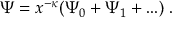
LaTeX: \Psi = x ^ { - \kappa } ( \Psi _ { 0 } + \Psi _ { 1 } + . . . ) \; .